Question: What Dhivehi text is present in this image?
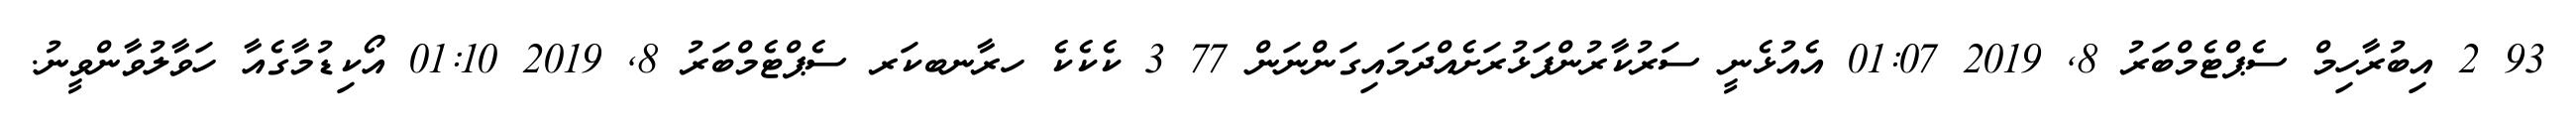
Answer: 93 2 އިބުރާހިމް ސެޕްޓެމްބަރު 8, 2019 01:07 އެއުޅެނީ ސަރުކާރުންފަޅުރަށެއްދަމައިގަންނަން 77 3 ކެކެކެ ހރާނބކަރ ސެޕްޓެމްބަރު 8, 2019 01:10 އޯކިޑުމާގެއާ ހަވާލުވާންވީނު.